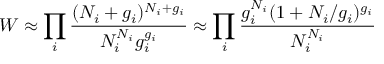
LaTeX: W \approx \prod _ { i } { \frac { ( N _ { i } + g _ { i } ) ^ { N _ { i } + g _ { i } } } { N _ { i } ^ { N _ { i } } g _ { i } ^ { g _ { i } } } } \approx \prod _ { i } { \frac { g _ { i } ^ { N _ { i } } ( 1 + N _ { i } / g _ { i } ) ^ { g _ { i } } } { N _ { i } ^ { N _ { i } } } }